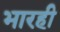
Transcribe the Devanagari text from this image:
भारही